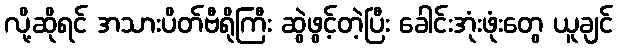
လို့ဆိုရင် အသားပိတ်ဗီရိုကြီး ဆွဲဖွင့်တဲ့ပြီး ခေါင်းအုံးဖုံးတွေ ယူချင်